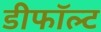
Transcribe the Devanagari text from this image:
डीफॉल्ट